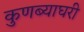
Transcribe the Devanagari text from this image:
कुणब्याघरी